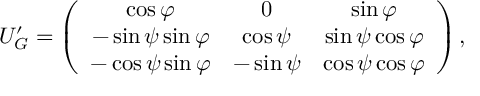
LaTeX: U _ { G } ^ { \prime } = \left( \begin{array} { c c c } { { \cos \varphi } } & { { 0 } } & { { \sin \varphi } } \\ { { - \sin \psi \sin \varphi } } & { { \cos \psi } } & { { \sin \psi \cos \varphi } } \\ { { - \cos \psi \sin \varphi } } & { { - \sin \psi } } & { { \cos \psi \cos \varphi } } \end{array} \right) ,